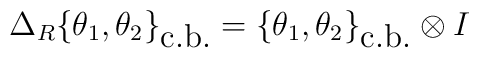
\Delta_R\{ \theta_1 ,\theta_2\}_{\mbox{c.b.}}=\{\theta_1 ,\theta_2 \}_{\mbox{c.b.}}\otimes I